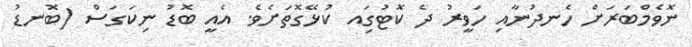
ނޮވެމްބަރަށް ހެނދުނާއި ހަވީރު ދެ ކޮޓުގަިއ ކުޅޭގޮތަށެވެ. އެއީ ބޮޑު ނިކަގަސް (ބޮނޑު